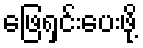
ဖြေရှင်းပေးဖို့